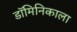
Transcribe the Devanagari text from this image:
डॉमिनिकाला